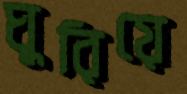
ঘুরিয়ে